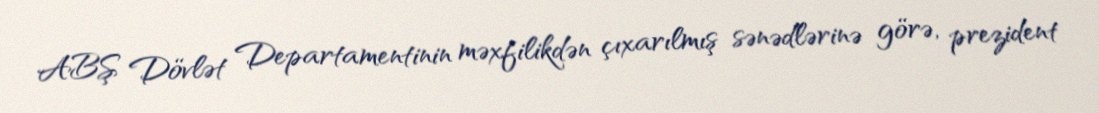
ABŞ Dövlət Departamentinin məxfilikdən çıxarılmış sənədlərinə görə, prezident